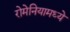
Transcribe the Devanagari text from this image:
रोमेनियामध्ये